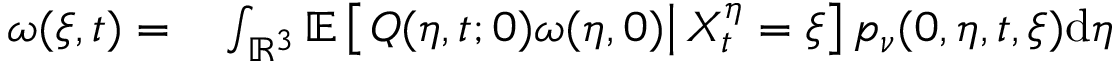
\begin{array} { r l } { \omega ( \xi , t ) = } & { { } \int _ { \mathbb { R } ^ { 3 } } \mathbb { E } \left[ \left. Q ( \eta , t ; 0 ) \omega ( \eta , 0 ) \right| X _ { t } ^ { \eta } = \xi \right] p _ { \nu } ( 0 , \eta , t , \xi ) \mathrm { d } \eta } \end{array}